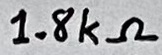
Text: 1.8kΩ